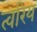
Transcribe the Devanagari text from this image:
त्वरिय